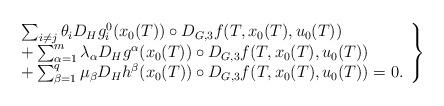
LaTeX: \begin{align*}\left.\begin{array}{l} \sum_{i\neq j }\theta_i D_Hg_i^0(x_0(T))\circ D_{G,3}f(T,x_0(T),u_0(T)) \\+\sum_{\alpha=1}^{m} \lambda_\alpha D_Hg^\alpha(x_0(T))\circ D_{G,3}f(T,x_0(T),u_0(T)) \\+\sum_{\beta=1}^{q} \mu_\beta D_Hh^\beta(x_0(T))\circ D_{G,3}f(T,x_0(T),u_0(T))=0.\end{array}\right\}\end{align*}